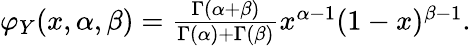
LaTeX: \begin{array}{r}{\varphi_{Y}(x,\alpha,\beta)=\frac{\Gamma(\alpha+\beta)}{\Gamma(\alpha)+\Gamma(\beta)}x^{\alpha-1}(1-x)^{\beta-1}.}\end{array}